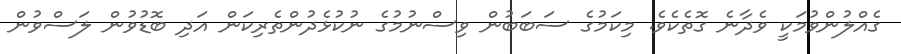
ގެއްލުންވުމަކީ ވެދާނެ ގޮތެކެވެ. މިކަމުގެ ސަބަބުން ވިސްނުމުގެ ނުކުޅެދުންތެރިކަން އަދި ބޮޑުވުން ލަސްވުން